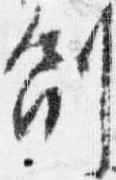
副